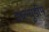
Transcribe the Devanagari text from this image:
डब्ल्यूडीम